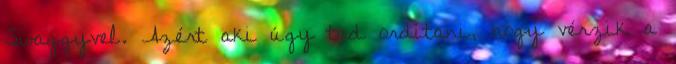
Swaggyvel. Azért aki úgy tud ordítani, hogy vérzik a